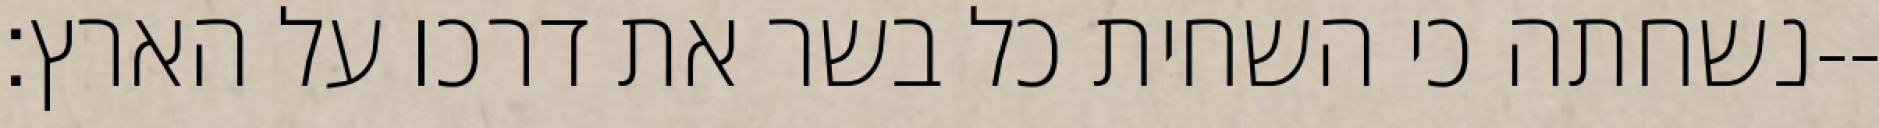
נשחתה כי השחית כל בשר את דרכו על הארץ׃--